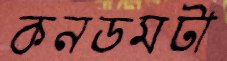
কনডমটা